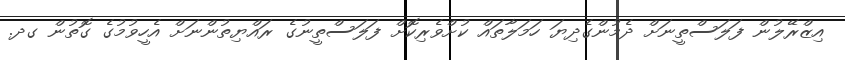
އިޒްރޭލުން ފަލަސްތީނަށް ދެމުންގެދިޔަ ހަމަލާތައް ކުށްވެރިކޮށް ފަލަސްތީނުގެ ރައްޔިތުންނަށް އެހީވުމުގެ ގޮތުން ގދ.